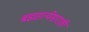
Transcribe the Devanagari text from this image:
ब्रह्महत्येसारखी